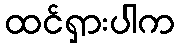
ထင်ရှားပါက